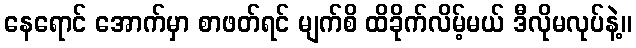
နေရောင် အောက်မှာ စာဖတ်ရင် မျက်စိ ထိခိုက်လိမ့်မယ် ဒီလိုမလုပ်နဲ့။